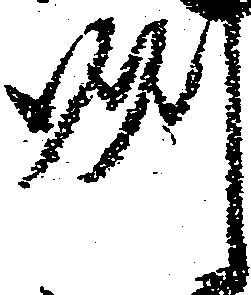
州